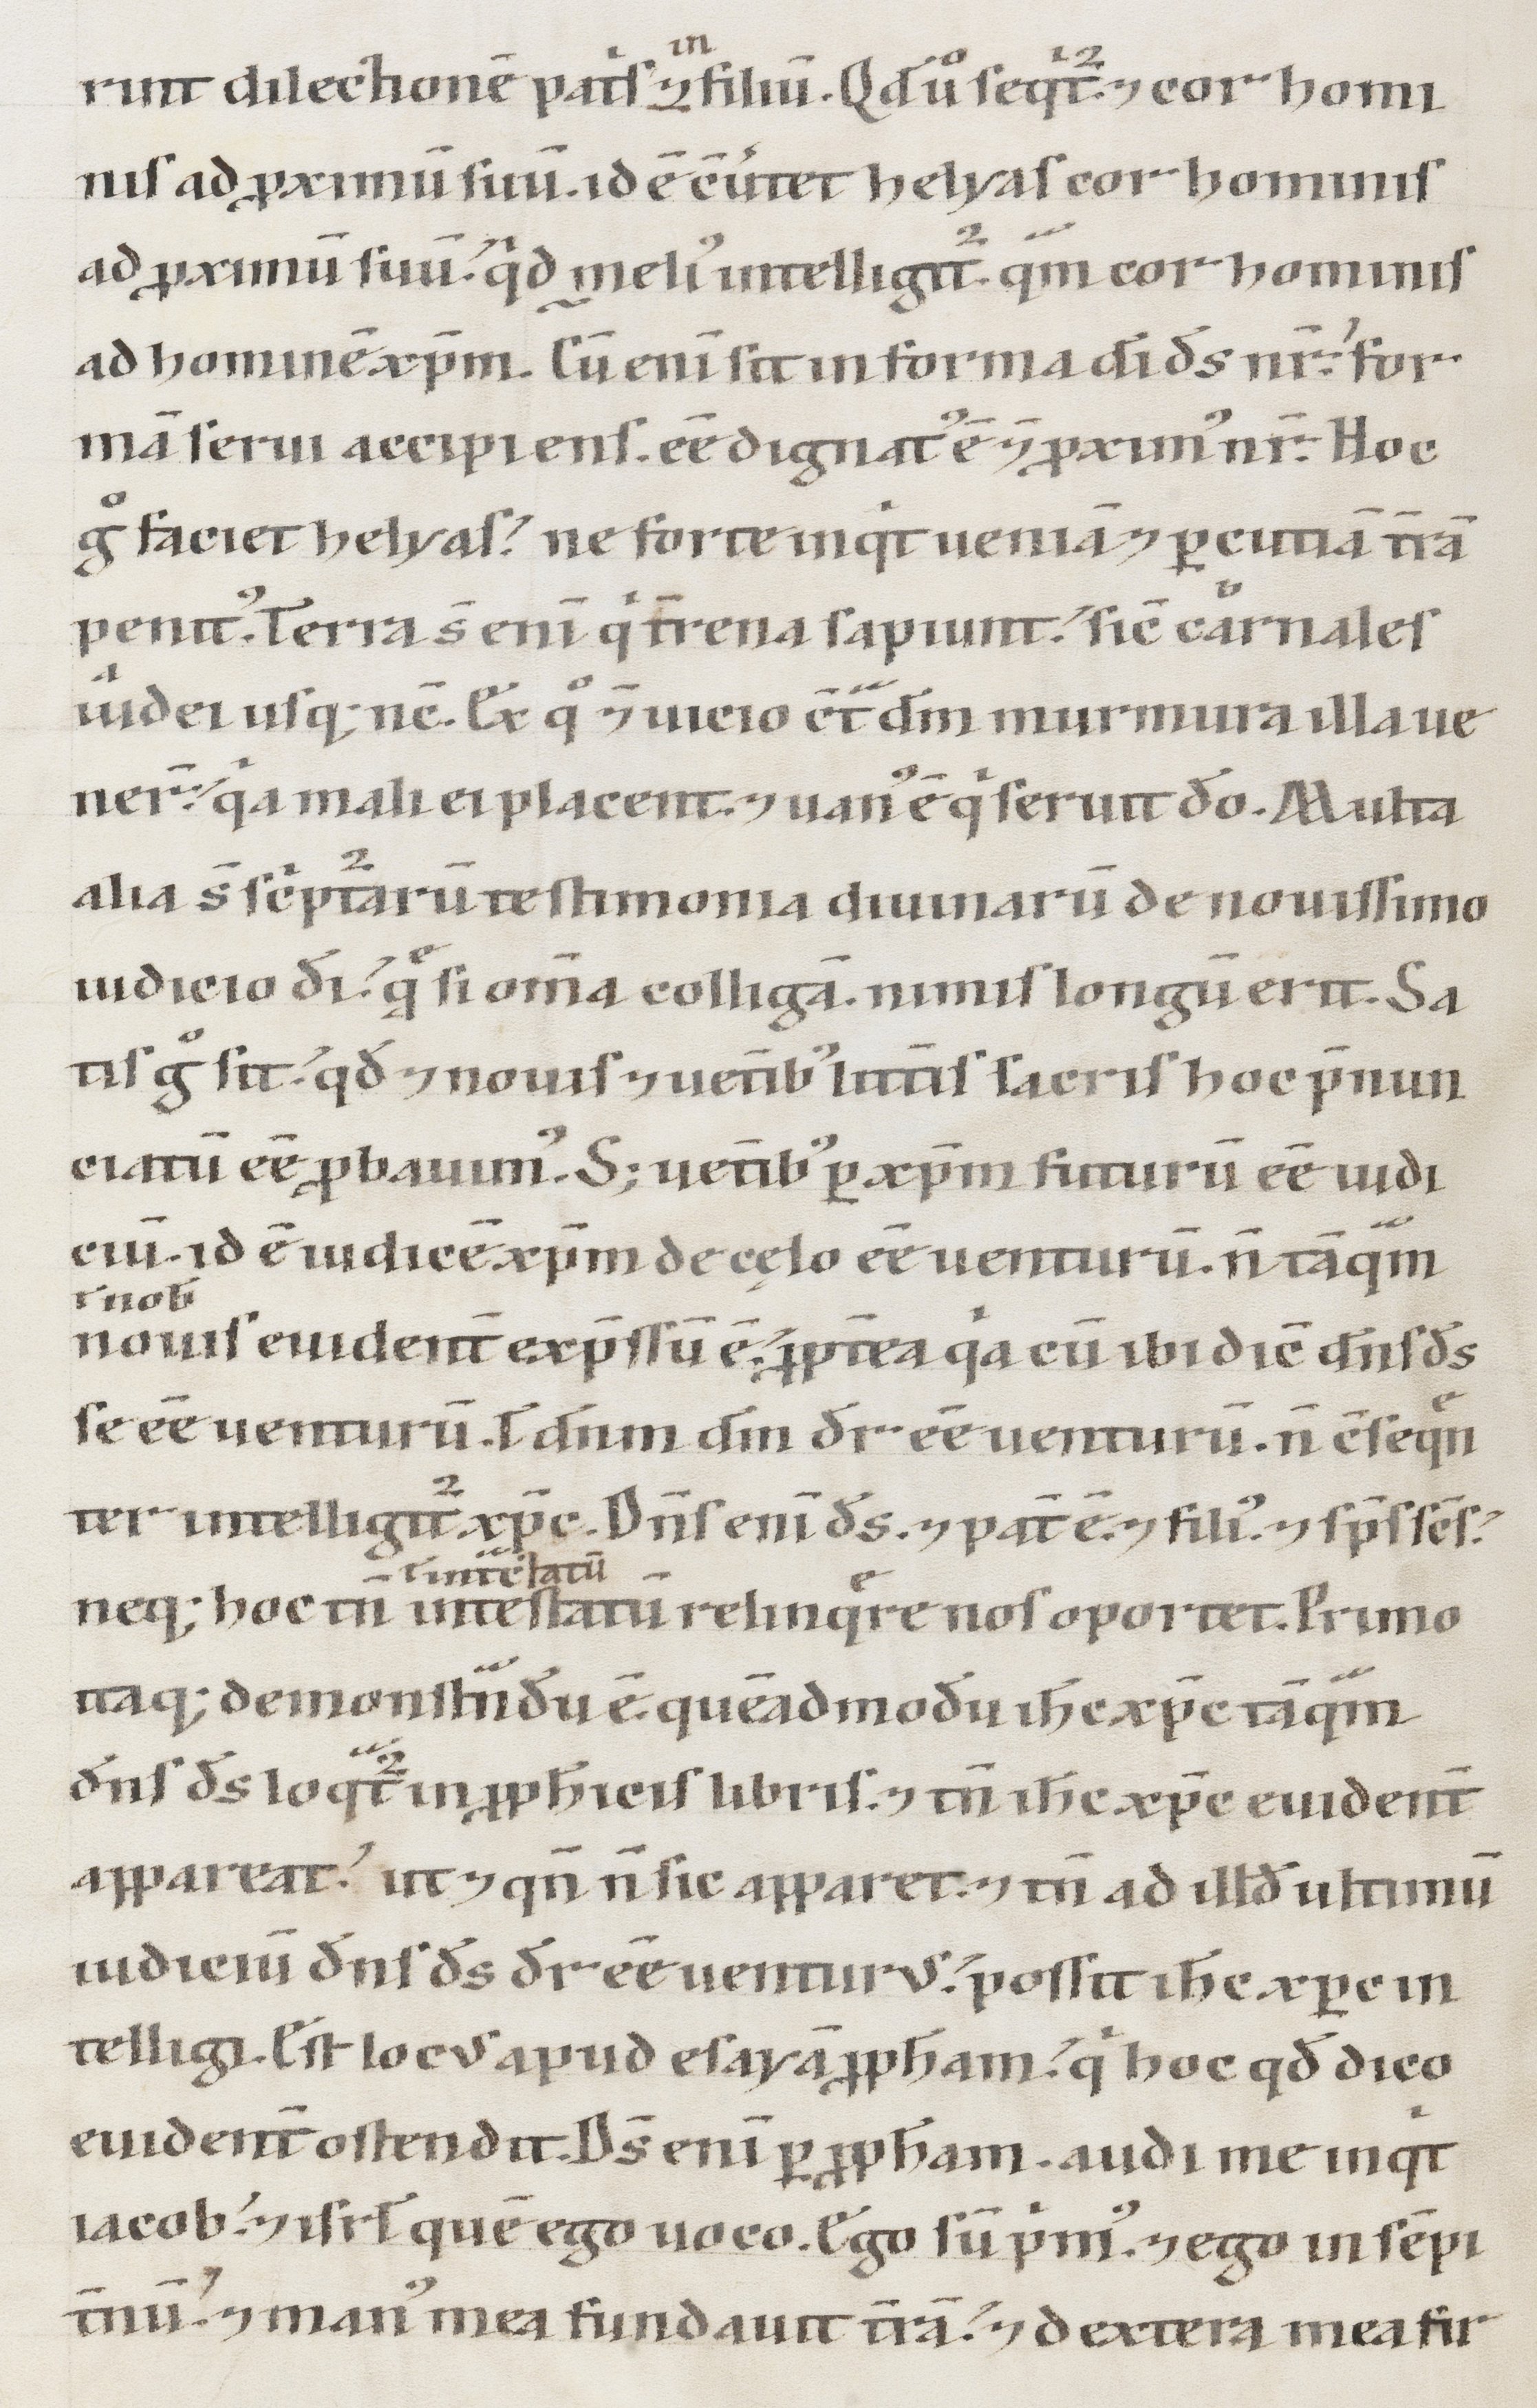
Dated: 1147–1178